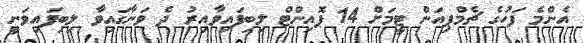
އެންމެ ފަހުގެ ޗެމްޕިއަން ޓީމަށް 14 ޕޮއިންޓް ލިބިފައިވާއިރު ދެ ވަނާގައިވާ ލިބިފައިވަނީ